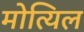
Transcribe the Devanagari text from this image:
मोत्यिल